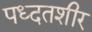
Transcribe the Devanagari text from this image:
पध्दतशीर